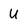
Character: U